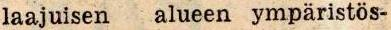
laajuisen alueen ympäristös-